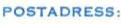
POSTADRESS: